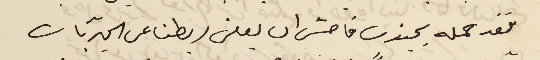
فقد حمله بجنون فاحش ان يعلن ربطنا عن المجريّات